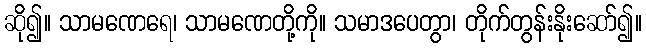
ဆို၍။ သာမဏေရေ၊ သာမဏေတို့ကို။ သမာဒပေတွာ၊ တိုက်တွန်းနိုးဆော်၍။